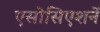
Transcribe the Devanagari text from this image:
एसोसिएशनें